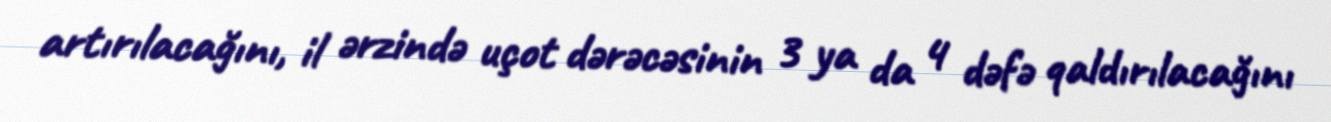
artırılacağını, il ərzində uçot dərəcəsinin 3 ya da 4 dəfə qaldırılacağını